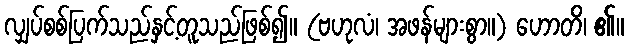
လျှပ်စစ်ပြက်သည်နှင့်တူသည်ဖြစ်၍။ (ဗဟုလံ၊ အဖန်များစွာ။) ဟောတိ၊ ၏။